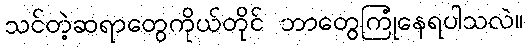
သင်တဲ့ဆရာတွေကိုယ်တိုင် ဘာတွေကြုံနေရပါသလဲ။